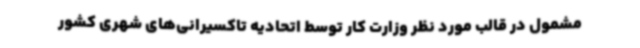
مشمول در قالب مورد نظر وزارت کار توسط اتحادیه تاکسیرانی‌های شهری کشور